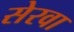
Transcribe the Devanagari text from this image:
सेरवा